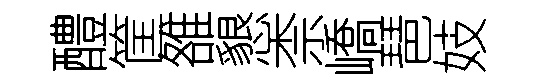
醴筐雒懇柰嶠琶妓